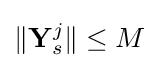
\Vert \mathbf {Y} _{s}^{j}\Vert \leq M